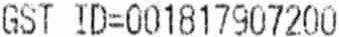
GST ID=001817907200